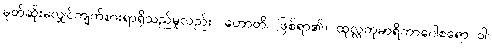
မုတ်ဆိုးမလျှင်ကျက်စားရာရှိသည်မူလည်း။ ဟောတိ၊ ဖြစ်ရာ၏။ ထုလ္လကုမာရိကာဂေါစရော ဝါ၊